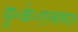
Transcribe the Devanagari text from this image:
यू॰के॰एल्बमज़